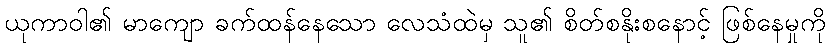
ယုကာဝါ၏ မာကျော ခက်ထန်နေသော လေသံထဲမှ သူ၏ စိတ်စနိုးစနောင့် ဖြစ်နေမှုကို